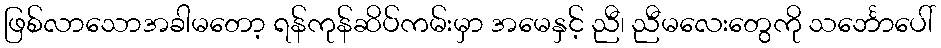
ဖြစ်လာသောအခါမတော့ ရန်ကုန်ဆိပ်ကမ်းမှာ အမေနှင့် ညီ၊ ညီမလေးတွေကို သင်္ဘောပေါ်